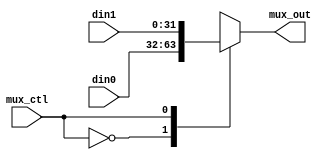
//------------------------------------------------------------------------------
//  mux_2d
//      Multiplexer which chooses between two `width`-bit inputs [din0, din1].
//          WIDTH: `width`, DEPTH: 2
//          MUX_CTL: 1bit. MUX_CTL = 0 selects din0; MUX_CTL = 1 selects din1.
//          `width` is a parameter which specifies width, in bits, of each mux
//          input. The default value of `width` is 32, which corresponds to a
//          32-bit number.
//------------------------------------------------------------------------------
module  mux_2d#(parameter width = 32)(mux_out, mux_ctl, din0, din1);
    input mux_ctl;
    input [width-1:0] din0, din1;

    output reg[width-1:0] mux_out;

    always @ (mux_ctl or din0 or din1)
    begin
        case(mux_ctl ) 
            1'b0 : mux_out = din0;
            1'b1 : mux_out = din1;
        endcase 
    end

endmodule